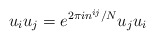
\begin{align*}u_{i}u_{j} = e^{2\pi i n^{ij}/N} u_{j}u_{i}\end{align*}